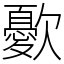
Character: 㱊